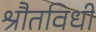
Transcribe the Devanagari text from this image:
श्रौतविधी